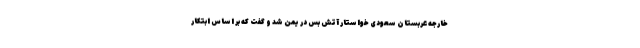
خارجه عربستان سعودی خواستار آتش بس در یمن شد و گفت که بر اساس ابتکار